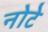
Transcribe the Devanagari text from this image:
नोटे